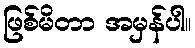
ဖြစ်မိတာ အမှန်ပါ။